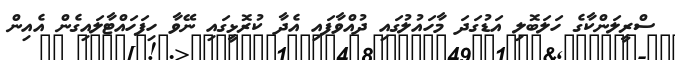
ސްރީލަންކާގެ ހަލަބޮލި އަޑުގަދަ މާހައުލުގައި ދުއްވާފައި އެދާ ކުރޮޅީގައި ނޭވާ ހިފަހައްޓާލައިގެން އެއިން